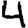
Digit: 4